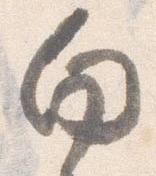
向